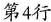
第4行